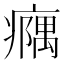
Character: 𪽹